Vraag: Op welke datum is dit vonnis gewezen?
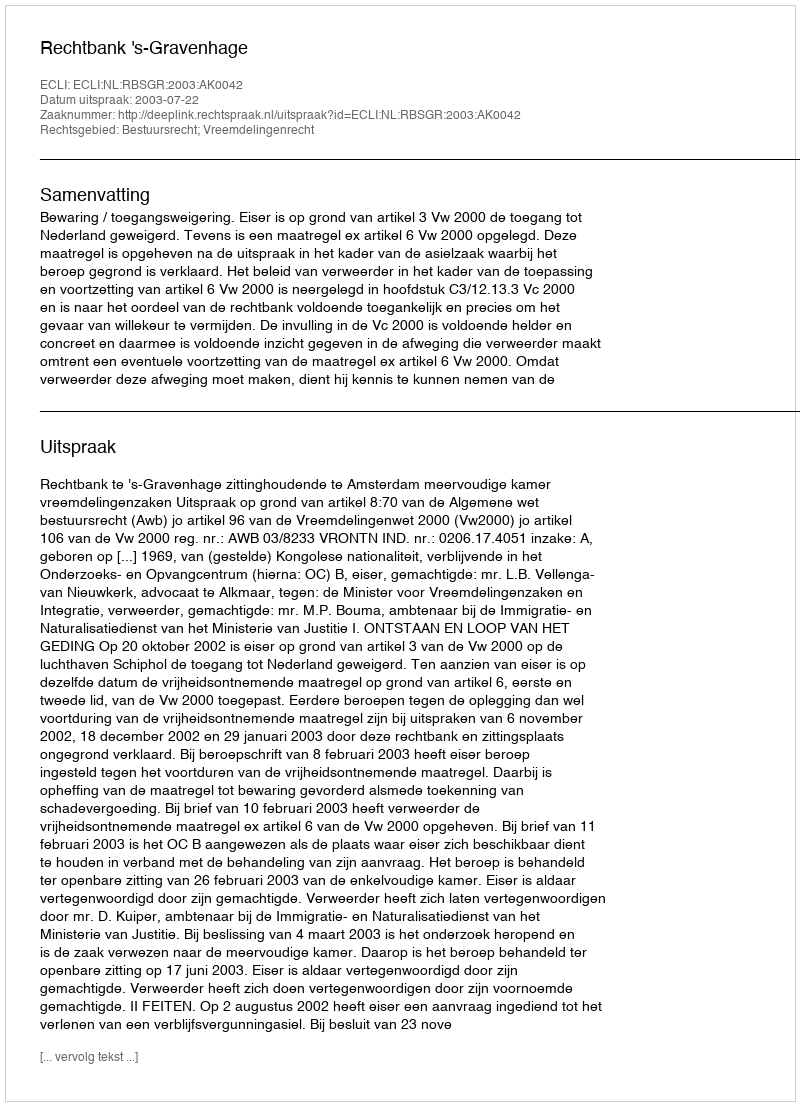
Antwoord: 2003-07-22